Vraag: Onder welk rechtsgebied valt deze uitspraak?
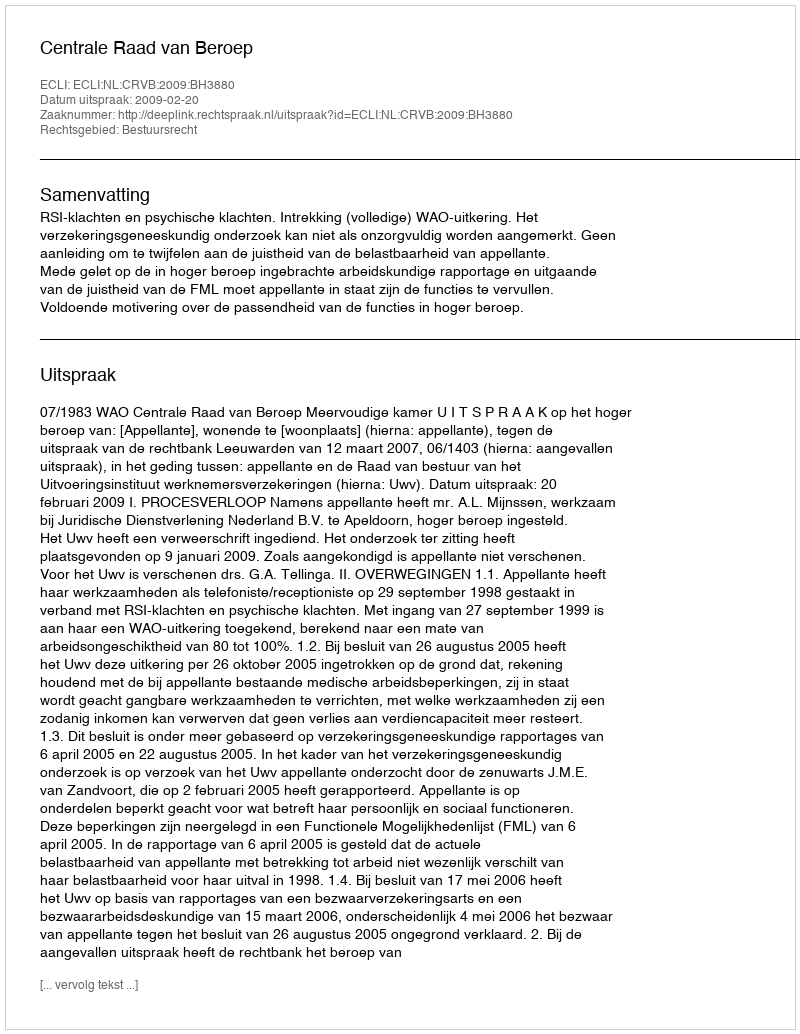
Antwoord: Bestuursrecht